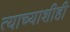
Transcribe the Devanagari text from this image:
त्याच्याशीही